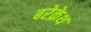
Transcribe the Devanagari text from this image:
बरेक़ेथ